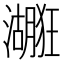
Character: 𱩻